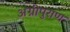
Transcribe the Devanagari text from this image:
अग्नीपुराण